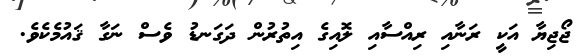
ޖޯޖިޔާ އަކީ ރަނާއި ރިއްސާއި ލޮއިގެ އިތުރުން ދަގަނޑު ވެސް ނަގާ ޤައުމެކެވެ.